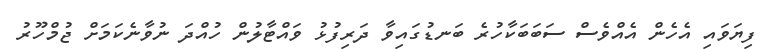
ފިޔަވައި އެހެން އެއްވެސް ސަބަބަކާހުރެ ބަނޑުގައިވާ ދަރިފުޅު ވައްޓާލުން ހުއްދަ ނުވާނެކަމަށް ޖުމްހޫރު